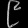
Digit: ၉